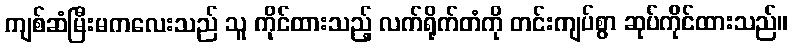
ကျစ်ဆံမြီးမကလေးသည် သူ ကိုင်ထားသည့် လက်ရိုက်တံကို တင်းကျပ်စွာ ဆုပ်ကိုင်ထားသည်။